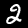
Label: 2